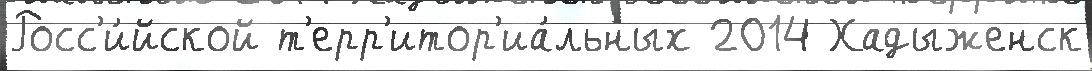
Росс'и́йской т'ерр'итор'иа́льных 2014 Хадыженск